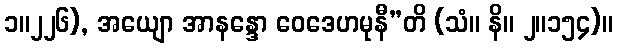
၁။၂၂၆), အယျော အာနန္ဒော ဝေဒေဟမုနီ”တိ (သံ။ နိ။ ၂။၁၅၄)။